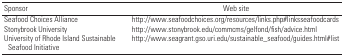
<table><thead><tr><td><b>Sponsor</b></td><td><b>Web site</b></td></tr></thead><tbody><tr><td>Seafood Choices Alliance</td><td>http://www.seafoodchoices.org/resources/links.php#linksseafoodcards</td></tr><tr><td>Stonybrook University</td><td>http://www.stonybrook.edu/commcms/gelfond/fish/advice.html</td></tr><tr><td>University of Rhode Island Sustainable Seafood Initiative</td><td>http://www.seagrant.gso.uri.edu/sustainable_seafood/guides.html#list</td></tr></tbody></table>